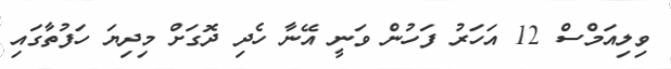
ވިލިއަމްސް 12 އަހަރު ފަހުން ވަނީ އޭނާ ހެދި ދޮގަށް މިދިޔަ ހަފުތާގައި